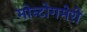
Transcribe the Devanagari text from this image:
मोन्टोगमेरी